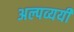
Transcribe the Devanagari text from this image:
अल्पव्ययी